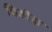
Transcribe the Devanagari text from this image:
विडीक